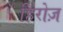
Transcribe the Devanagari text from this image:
हिरोज़